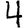
Digit: 4